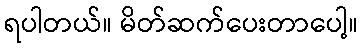
ရပါတယ်။ မိတ်ဆက်ပေးတာပေါ့။